Civil Veterinary Dept. Bombay admin report 1893-99 - 1893-1899
Year: 1893
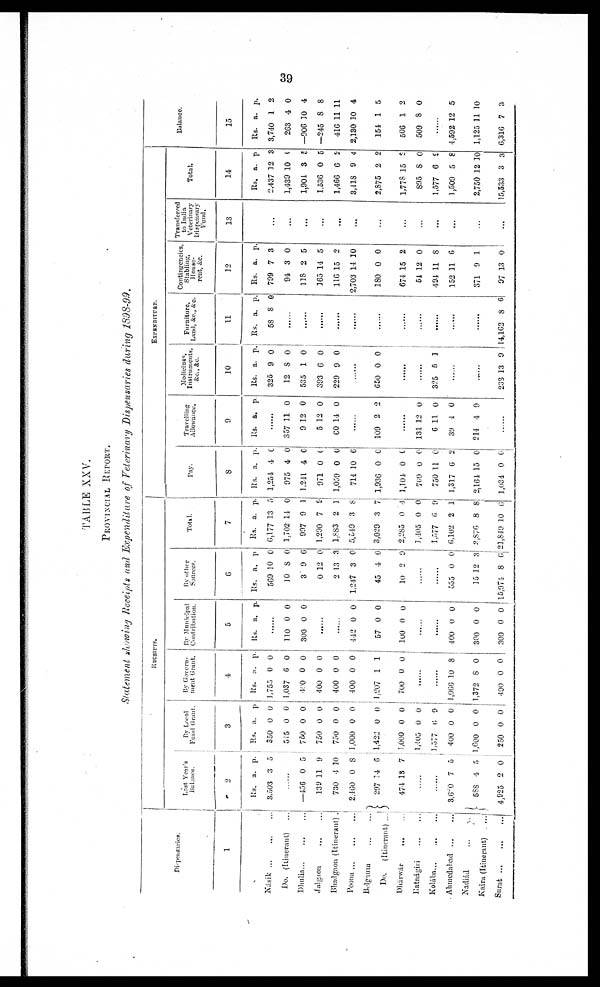
39
TABLE XXV.
PROVINCIAL REPORT.
Statement showing Receipts and Expenditure of Veterinary Dispensaries during 1898-99.
Dispensaries.
1
Násik
...
...
...
Do. (Itinerant) ...
Dhulia
...
...
...
Jalgaon
...
...
Bhadgaon (Itinerant) .
Poona
...
...
...
Belgaum
...
...
Do.
(Itinerant) ...
Dhárwár ... ...
Ratnágiri
...
...
Kolába
...
...
...
Ahmedabad
...
...
Nadiád ... ...
Kaira (Itinerant)
...
Surat
...
...
...
RECEIPTS.
Last Balaearnce.' s
2
Rs.
3,503
a.
3
p.
5
......
—456
139
730
2,460
297
474
0
11
4
0
14
13
5
9
10
8
6
7
......
......
3,60
588
4,925
7
4
2
5
5
0
By Local Fund
Grant.
3
Rs.
350
515
750
750
750
1,000
1,422
1,000
1,405
1,577
400
1,600
250
a.
0
0
0
0
0
0
0
0
0
6
0
0
0
p
0
0
0
0
0
0
0
0
0
9
0
0
0
By Government
------
4
Rs.
1,755
1,037
480
400
400
400
1,207
700
a.
0
6
0
0
0
0
1
0
p.
0
0
0
0
0
0
1
0
......
......
1,066
1,372
400
10
8
0
8
0
0
By Municipal
Contribution.
5
Rs.
......
110
300
a.
0
0
p.
0
0
......
......
442
57
100
0
0
0
0
0
0
......
......
400
300
300
0
0
0
0
0
0
By of her
Sources.
6
Rs.
569
10
3
0
2
1,247
45
10
a.
10
8
9
12
13
3
4
2
p
0
0
6
0
3
0
0
9
......
......
555
15
15,974
0
12
8
0
3
6
Total.
7
Rs.
6,177
1,702
997
1,290
1,883
5,549
3,029
2,285
1,405
1,577
6,102
3,876
21,849
a.
13
14
9
7
2
3
3
0
0
6
2
8
10
p.
5
0
1
9
1
8
7
4
0
9
1
8
6
EXPENDITURE.
Pay.
8
Rs.
1,254
975
1,211
971
1,059
714
1,936
1,104
709
750
1,317
2,164
1,034
a.
4
4
4
0
0
10
0
0
0
11
6
15
0
p.
0
0
0
0
0
6
0
0
0
0
2
0
0
Travelling
Allowance.
9
Rs.
......
357
9
5
60
a.
11
12
12
14
p.
0
0
0
0
......
109 2 2
......
131
6
39
214
12
11
4
4
0
0
0
9
......
Medicines, Stabling,
House-rent, &c.
10
Rs.
325
12
535
393
229
a.
9
8
1
6
9
p.
0
0
0
0
0
......
650 0 0
......
......
325 5
1
......
......
233 13 9
Furniture, Land,
&c., &c.
11
Rs.
58
a.
8
p.
0
......
......
......
......
......
......
......
......
......
......
......
14,162 8 6
Contingencies,
Stabling, House-
rent, &c.
12
Rs.
799
94
118
165
116
2,703
180
674
54
494
152
371
97
a.
7
3
2
14
15
14 1
0
15
12
11
11
9
13
p.
3
0
5
5
2
0
0
2
0
8
6
1
0
Transferred
to India
Veterinary
Dispensary
Fund.
13
......
......
......
......
......
......
......
......
......
......
......
......
Total.
14
Rs.
2,437
1,439
1,904
1,536
1,466
3,418
2,875
1,778
895
1,577
1,509
2,750
15,533
a.
12
10
3
0
6
9
2
15
8
6
5
12
3
p
3
0
5
5
2
4
2
2
0
9
8
10
3
Balance
15
Rs.
3,740
263
—906
—245
416
2,130
154
506
509
a.
1
4
10
8
11
10
1
1
8
p.
2
0
4
8
11
4
5
2
0
......
4,592
1,125
6,316
12
11
7
5
10
3